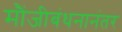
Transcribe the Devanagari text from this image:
मौंजीबंधनानंतर